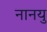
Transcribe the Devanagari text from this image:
नानयु